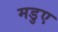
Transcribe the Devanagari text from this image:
मडुए